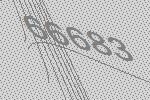
66683